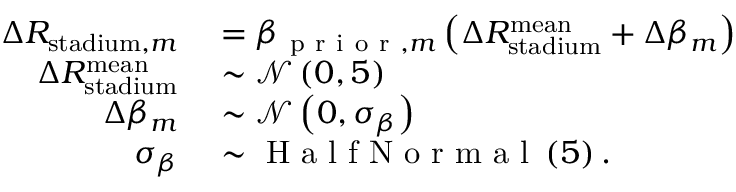
\begin{array} { r l } { \Delta R _ { \mathrm { s t a d i u m } , m } } & { { } = \beta _ { \mathrm { ~ p ~ r ~ i ~ o ~ r ~ } , m } \left( \Delta R _ { \mathrm { s t a d i u m } } ^ { \mathrm { m e a n } } + \Delta \beta _ { m } \right) } \\ { \Delta R _ { \mathrm { s t a d i u m } } ^ { \mathrm { m e a n } } } & { { } \sim \mathcal { N } \left( 0 , 5 \right) } \\ { \Delta \beta _ { m } } & { { } \sim \mathcal { N } \left( 0 , \sigma _ { \beta } \right) } \\ { \sigma _ { \beta } } & { { } \sim \mathrm { ~ H ~ a ~ l ~ f ~ N ~ o ~ r ~ m ~ a ~ l ~ } \left( 5 \right) . } \end{array}